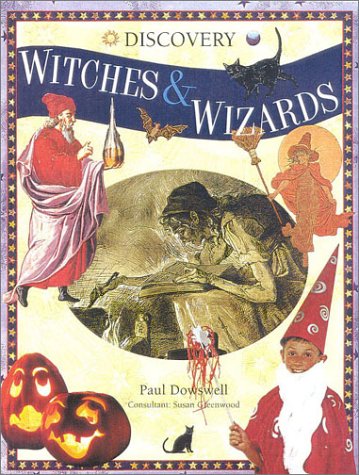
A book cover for Witches & Wizards (Discovery); Paul Dowsell; Children's Books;